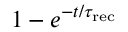
1 - e ^ { - t / \tau _ { \mathrm { r e c } } }